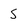
Character: 5